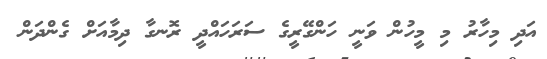
އަދި މިހާރު މި މީހުން ވަނީ ހަންގޭރީގެ ސަރަހައްދީ ރޮނގާ ދިމާއަށް ގެންދަން